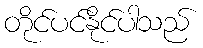
တိုင်ပင်နိုင်ပါသည်